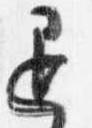
退